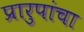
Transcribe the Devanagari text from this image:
प्रारुपांचा